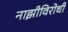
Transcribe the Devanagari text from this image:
नाझीविरोधी